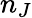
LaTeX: n_{J}